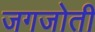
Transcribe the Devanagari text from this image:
जगजोती